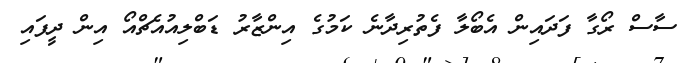
ސާސް ރޯގާ ފަދައިން އެބޯލާ ފެތުރިދާނެ ކަމުގެ އިންޒާރު ޑަބްލިއުއެޗްއޯ އިން ދީފައި